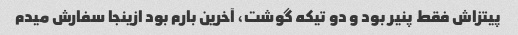
پیتزاش فقط پنیر بود و دو تیکه گوشت، آخرین بارم بود ازینجا سفارش میدم